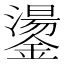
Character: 𮣋